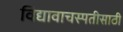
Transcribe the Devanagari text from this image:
विद्यावाचस्पतीसाठी